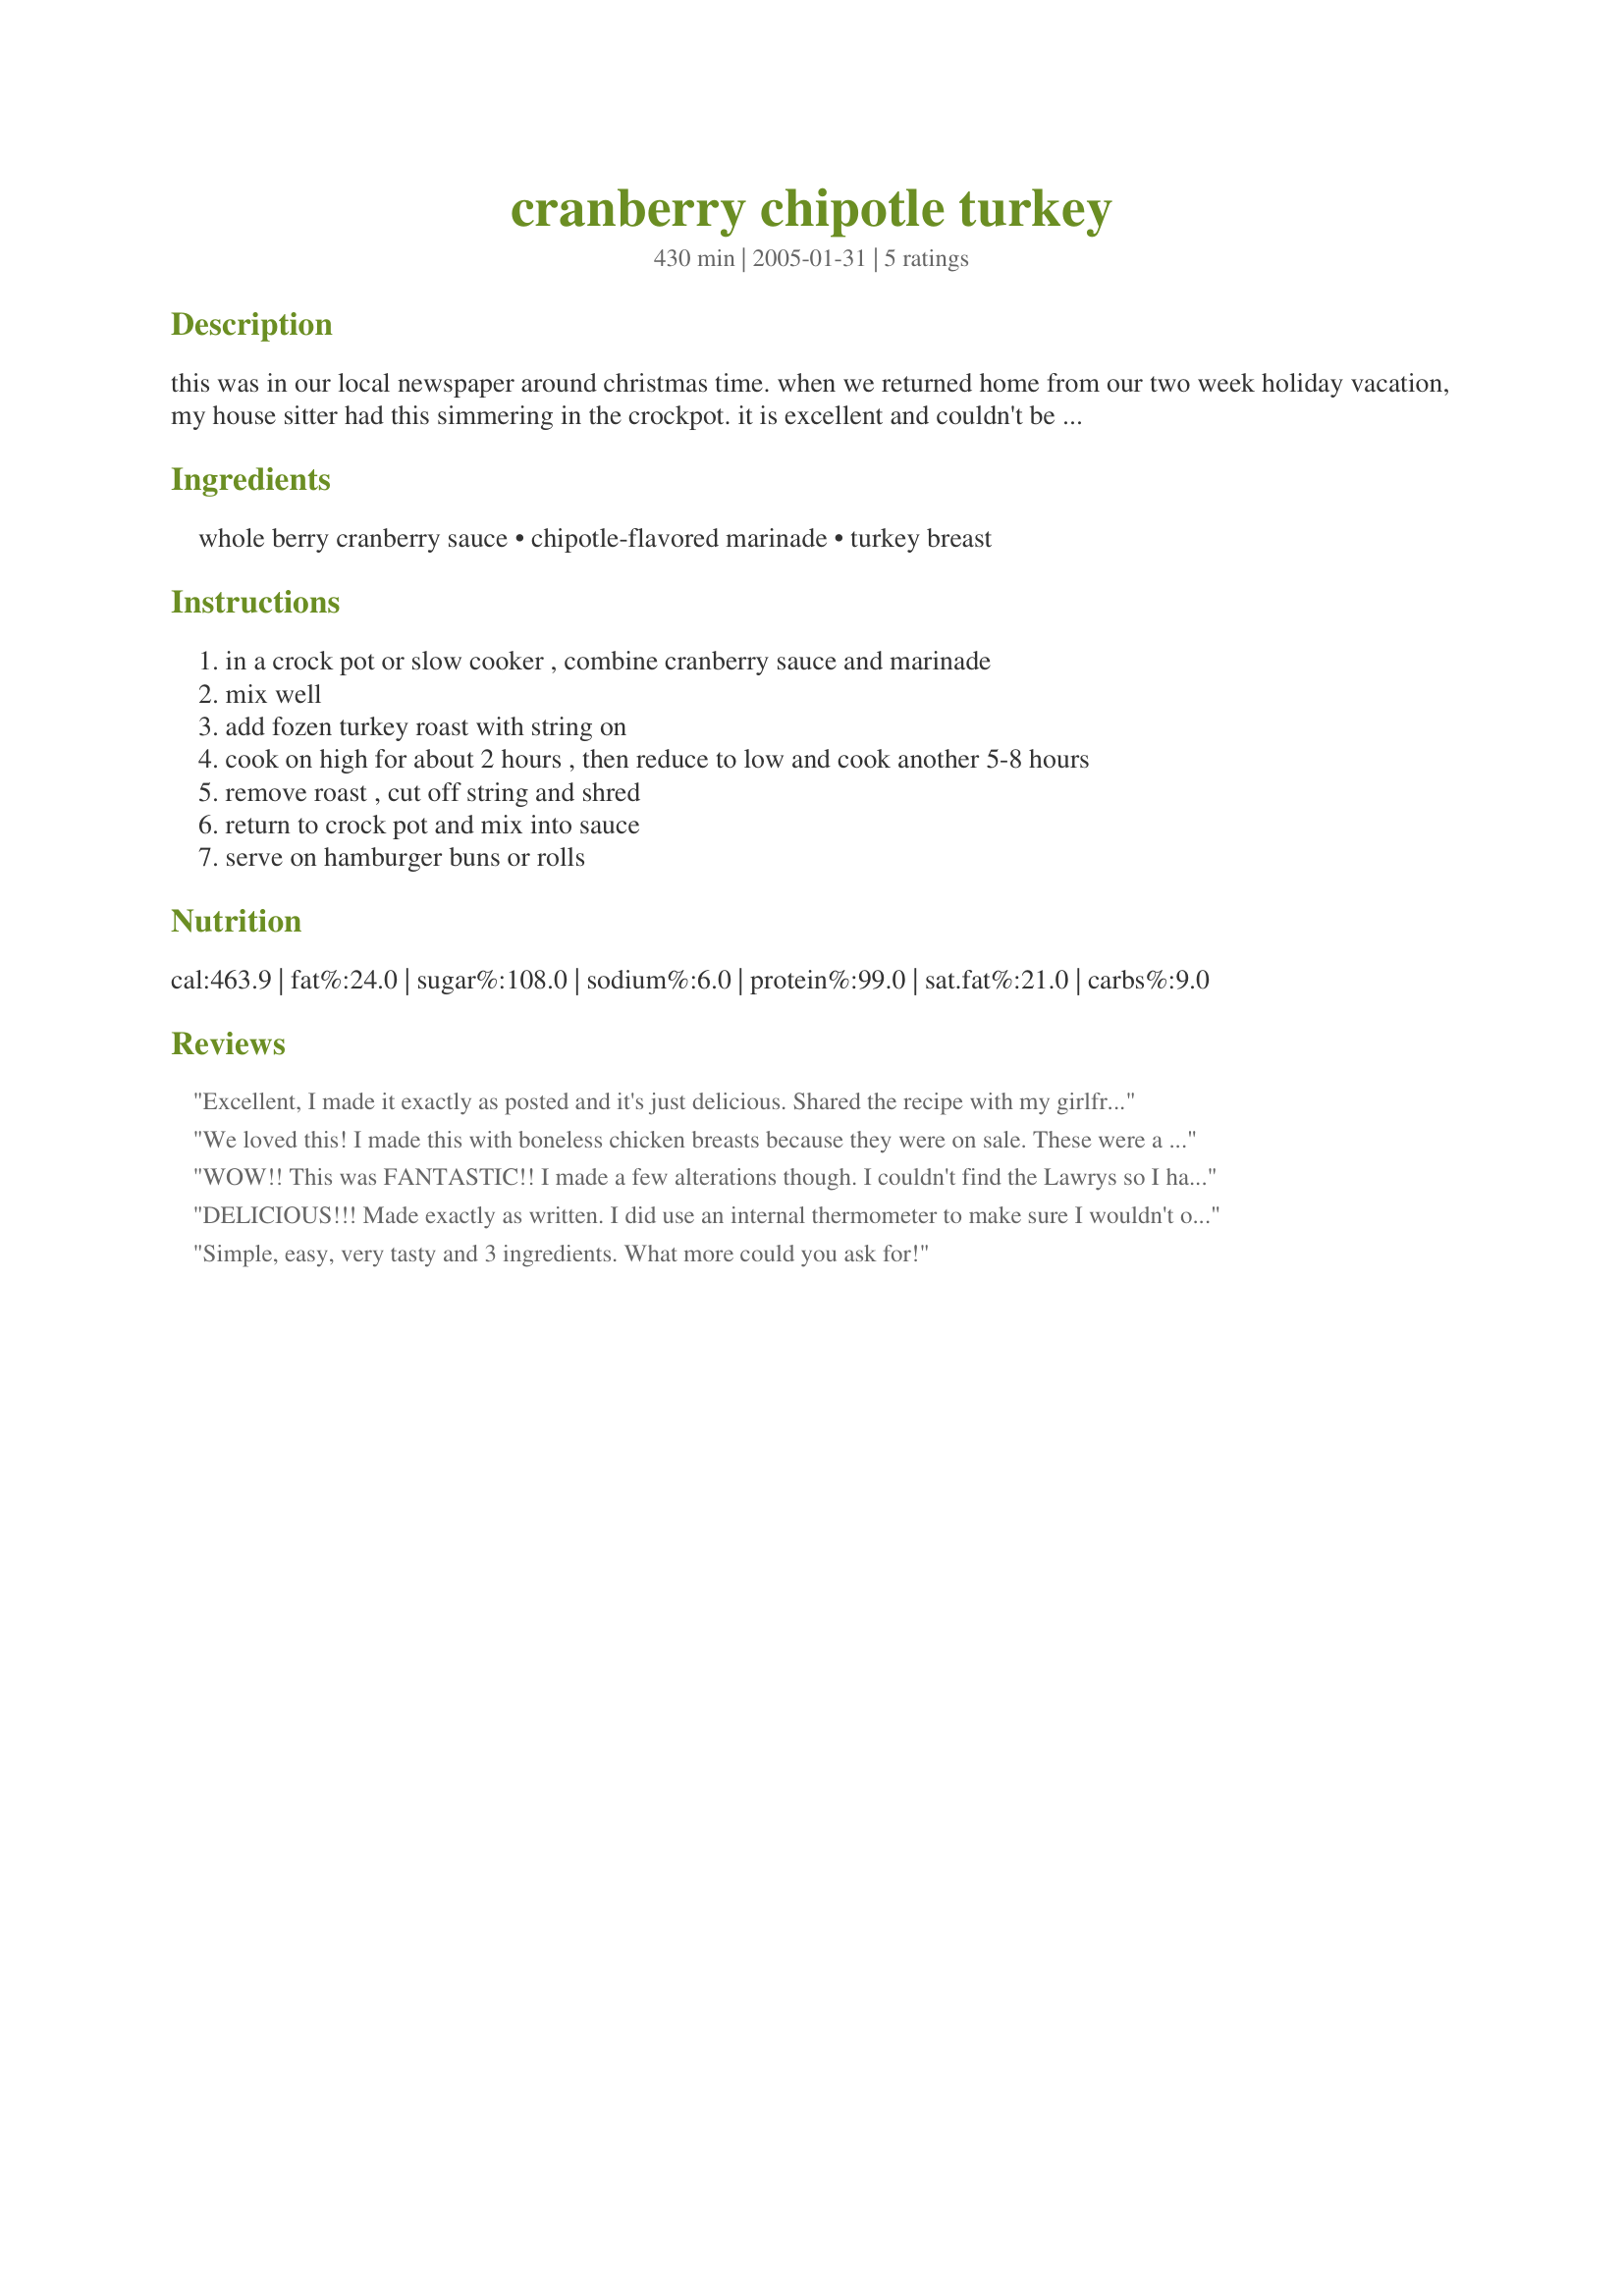
cranberry chipotle turkey
Preparation time: 430 minutes

this was in our local newspaper around christmas time. when we returned home from our two week holiday vacation, my house sitter had this simmering in the crockpot. it is excellent and couldn't be much easier --- like 3 ingredients.

Ingredients:
whole berry cranberry sauce, chipotle-flavored marinade, turkey breast

Steps:
in a crock pot or slow cooker , combine cranberry sauce and marinade, mix well, add fozen turkey roast with string on, cook on high for about 2 hours , then reduce to low and cook another 5-8 hours, remove roast , cut off string and shred, return to crock pot and mix into sauce, serve on hamburger buns or rolls

Reviews:
Excellent, I made it exactly as posted and it's just delicious. Shared the recipe with my girlfriends and everyone loves it. Thanks Vicki in AZ for a great tasting way to serve shredded turkey sandwiches.
We loved this! I made this with boneless chicken breasts because they were on sale. These were a nice variation on the barbecue buns, more like a tex-mex flavor, which my family loves. And these could not have been any easier. Will be making these again and again.
WOW!! This was FANTASTIC!! I made a few alterations though. I couldn't find the Lawrys so I had to use a mango chipotle seafood marinade, but it still turned out great. Also, I accidently had it on high for about 3 hours, but then turned it to low for another 2 1/2 and it came out moist. Lastly, since I didn't have any buns or rolls, I just pulled it into chunks and served it that way. My kids LOVED this and I had to refrain from eating the whole thing myself. Served it with mashed potatos and carrots for a mini Thanksgiving dinner in September. :) I am definately keeping this! It was so easy and simple, and I was greatly surprised by the outcome. Thank you so much for posting this.
DELICIOUS!!! Made exactly as written. I did use an internal thermometer to make sure I wouldn't over cook it. Thank you, Vicki, for a great recipe-will be especially great during the holidays! Made for the Think Pink Tag Game In Honor of Breast Cancer Awareness, October 2008.
Simple, easy, very tasty and 3 ingredients. What more could you ask for!
